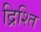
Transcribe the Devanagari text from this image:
द्रिश्ति